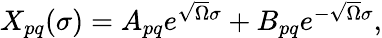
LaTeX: \begin{array}{lcr}{{X_{pq}(\sigma)=A_{pq}e^{\sqrt{\Omega}\sigma}+B_{pq}e^{-\sqrt{\Omega}\sigma},}}\end{array}